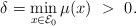
LaTeX: \begin{align*}\delta = \min_{x\in{\cal E}_0} \mu(x) ~>~ 0. \end{align*}